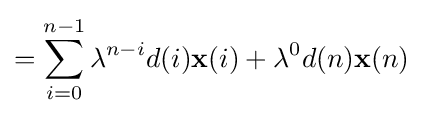
=\sum _{i=0}^{n-1}\lambda ^{n-i}d(i)\mathbf {x} (i)+\lambda ^{0}d(n)\mathbf {x} (n)